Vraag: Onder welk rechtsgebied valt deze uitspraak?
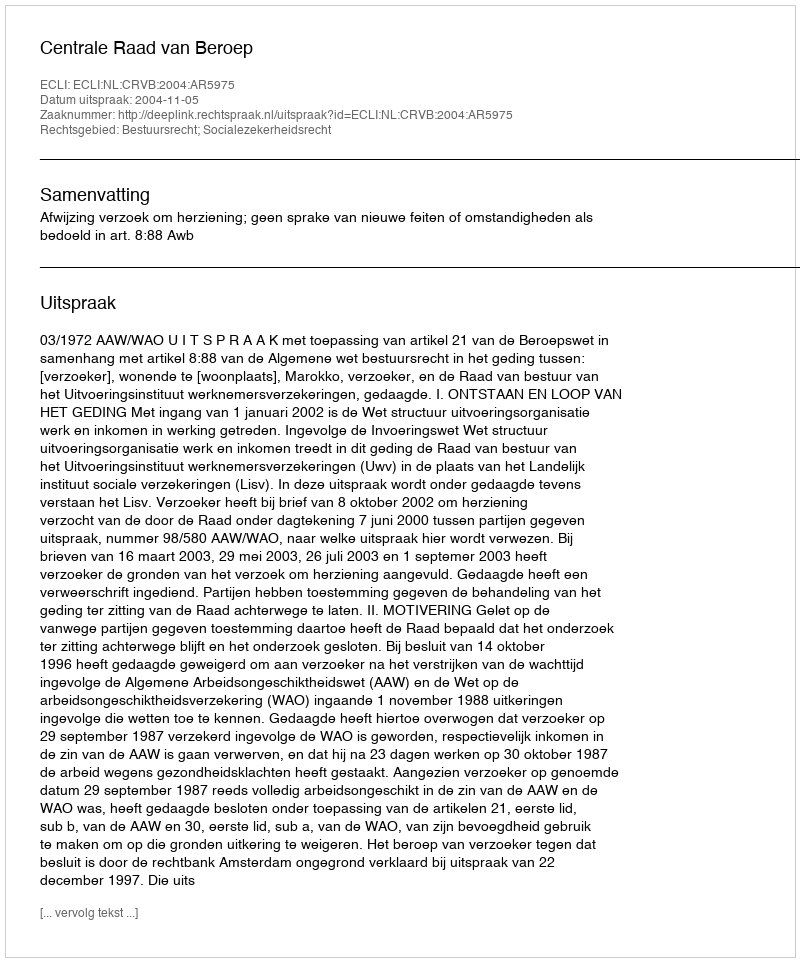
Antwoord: Bestuursrecht; Socialezekerheidsrecht